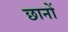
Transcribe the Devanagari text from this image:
छानों